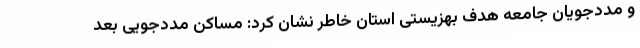
و مددجویان جامعه هدف بهزیستی استان خاطر نشان کرد: مساکن مددجویی بعد